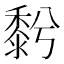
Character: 𪏱